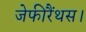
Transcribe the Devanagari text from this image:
जेफीरैंथस।